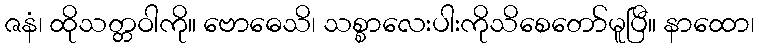
ဇနံ၊ ထိုသတ္တဝါကို။ ဗောဓေသိ၊ သစ္စာလေးပါးကိုသိစေတော်မူပြီ။ နာထော၊